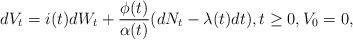
LaTeX: \begin{align*}d V_t = i(t) d W_t + \frac{\phi(t)}{\alpha(t)}(d N_t - \lambda(t) dt ),t\geq 0, V_0 = 0,\end{align*}